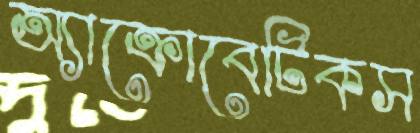
অ্যাক্রোবেটিকস